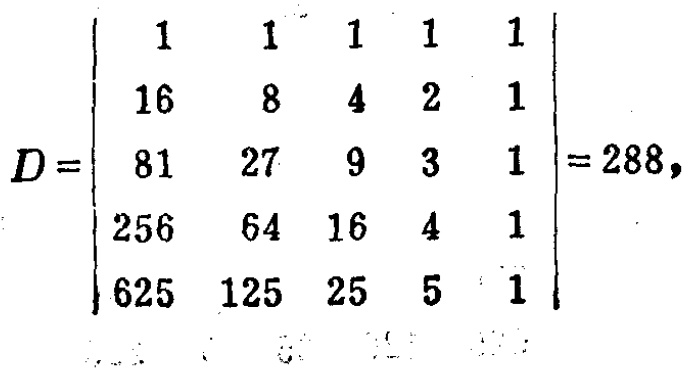
\[
D =
\begin{vmatrix}
1 & 1 & 1 & 1 & 1 \\
16 & 8 & 4 & 2 & 1 \\
81 & 27 & 9 & 3 & 1 \\
256 & 64 & 16 & 4 & 1 \\
625 & 125 & 25 & 5 & 1
\end{vmatrix}
= 288
\]